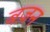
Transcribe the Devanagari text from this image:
बज़न